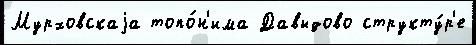
Мурховскаjа топо́н'има Давыдово структу́р'е